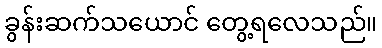
ခွန်းဆက်သယောင် တွေ့ရလေသည်။